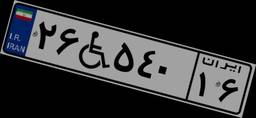
۲۶W۵۴۰۱۶